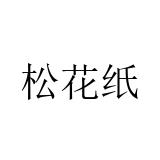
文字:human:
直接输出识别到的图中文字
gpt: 松花纸